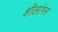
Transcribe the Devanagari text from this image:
शीलांगन